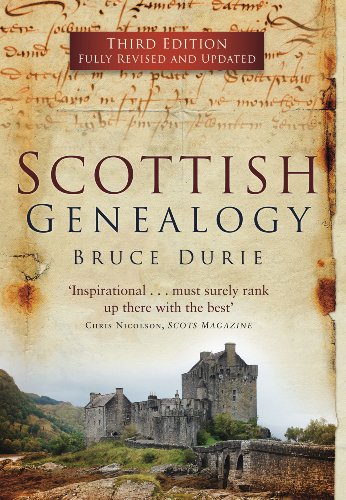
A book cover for Scottish Genealogy; Bruce Durie; Reference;